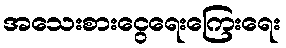
အသေးစားငွေရေးကြေးရေး